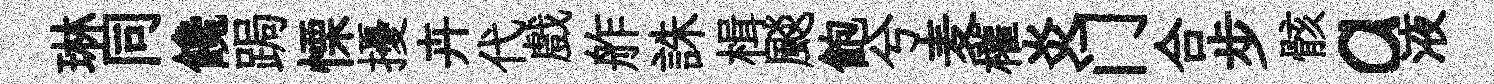
琳同饞跼慄擾卉代戲舴誅楫颷飽兮麦權炎门合步骸a液